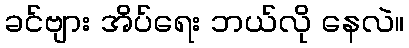
ခင်ဗျား အိပ်ရေး ဘယ်လို နေလဲ။